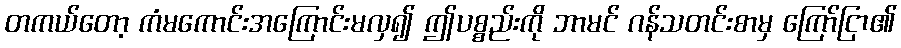
တကယ်တော့ ကံမကောင်းအကြောင်းမလှ၍ ဤပစ္စည်းကို ဘာမင် ဂန်သတင်းစာမှ ကြော်ငြာ၏